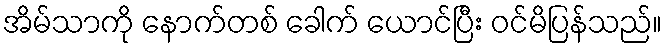
အိမ်သာကို နောက်တစ် ခေါက် ယောင်ပြီး ဝင်မိပြန်သည်။